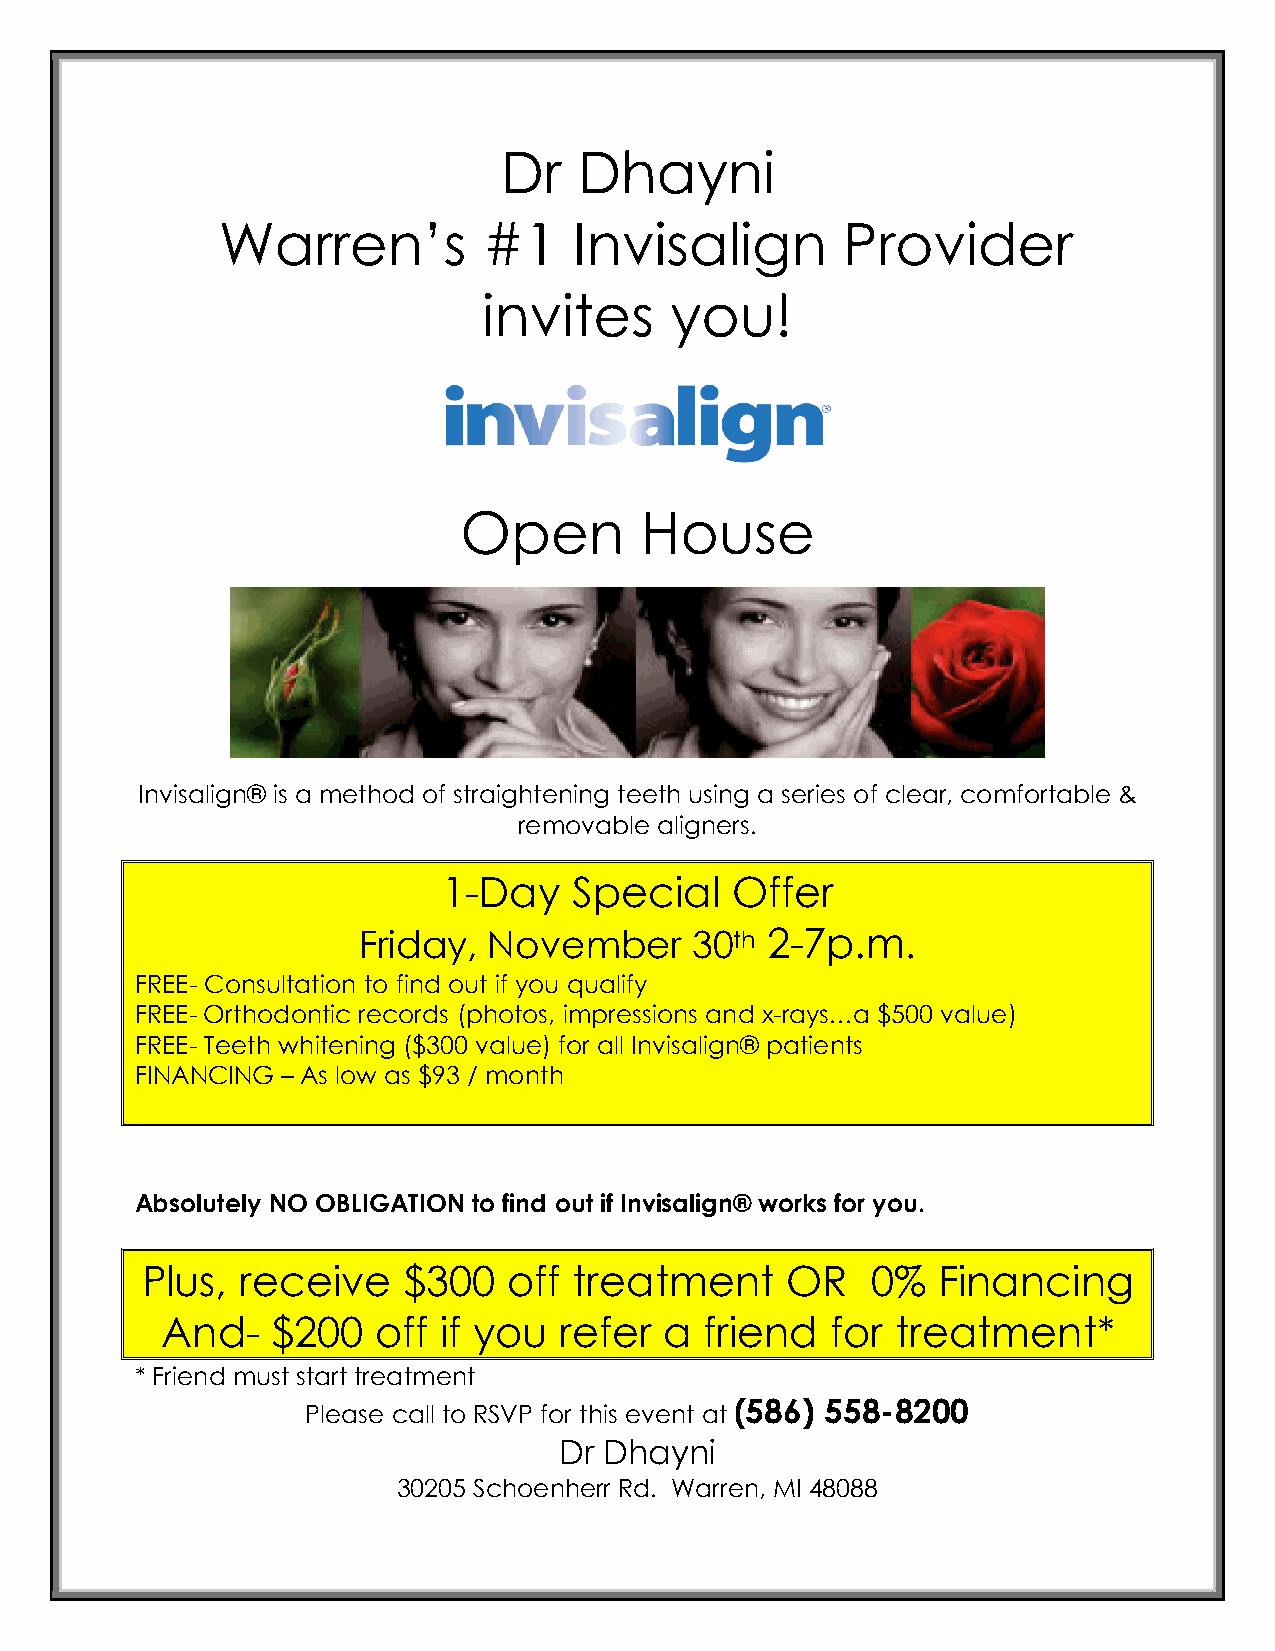
Dr   Dhayni
 Warren’s          #1    Invisalign        Provider
 invites     you!
 Open        House
 Invisalign® is a method of straightening teeth using a series of clear, comfortable &
 removable aligners.
 1-Day    Special   Offer
 Friday, November      30th 2-7p.m.
 FREE- Consultation to find out if you qualify
 FREE- Orthodontic records (photos, impressions and x-rays…a $500 value)
 FREE- Teeth whitening ($300 value) for all Invisalign® patients
 FINANCING – As low as $93 / month
 Absolutely NO OBLIGATION to find out if Invisalign® works for you.
 Plus,  receive    $300   off treatment     OR    0%  Financing
 And-   $200   off if you  refer  a  friend  for treatment*
 * Friend must start treatment
 (586) 558-8200
 Please call to RSVP for this event at
 Dr Dhayni
 30205 Schoenherr Rd. Warren, MI 48088